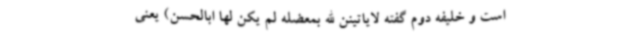
است و خلیفه دوم گفته لایاتینن الله بمعضله لم یکن لها ابالحسن) یعنی